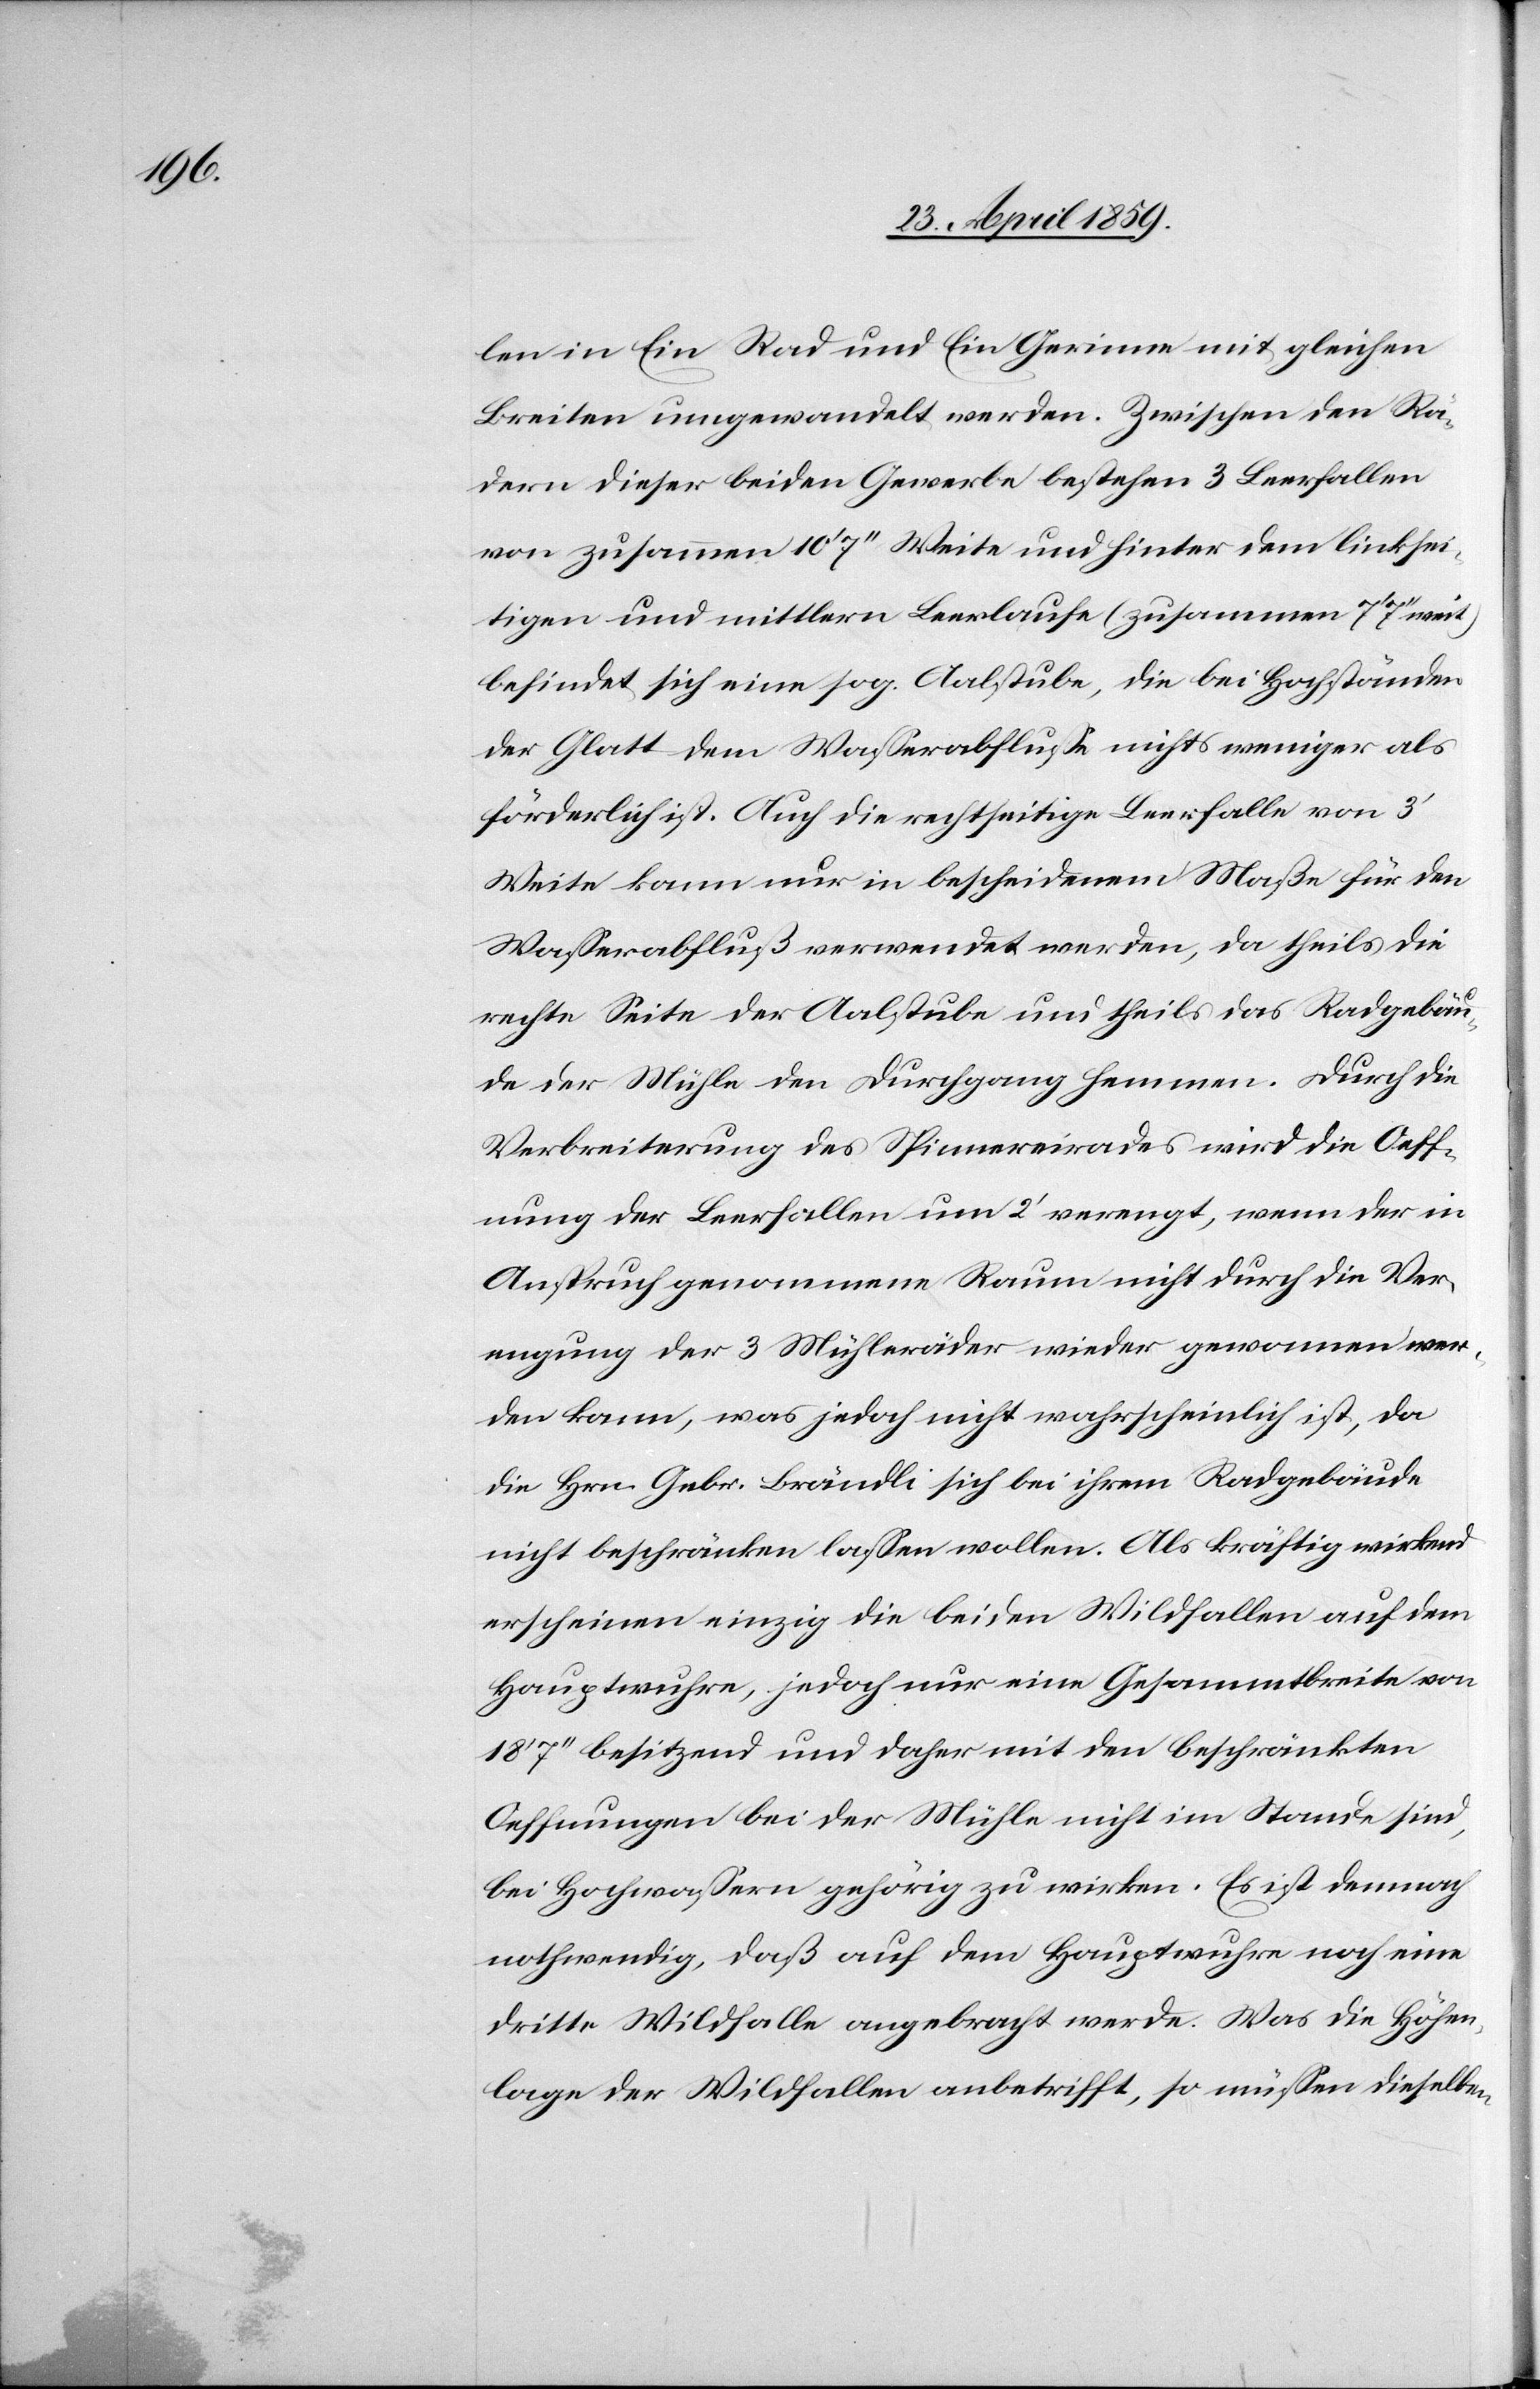
len in Ein Rad und Ein Gerinne mit gleichen
Breiten ungewandelt werden. Zwischen den Rä¬
dern dieser beiden Gewerbe bestehen 3 Leerfallen
von zusammen 10‘ 7‘‘ Weite und hinter dem linksei¬
tigen und mittlern Leerlaufe (zusammen 7‘ 7‘‘ weit)
befindet sich eine sog. Aalstube, die bei Hochständen
der Glatt dem Waßerabfluße nichts weniger als
förderlich ist. Auch die rechtseitige Leerfalle von 3‘
Weite kann nur in bescheidenem Maße für den
Waßerabfluß verwendet werden, da theils die
rechte Seite der Aalstube und theils das Radgebäu¬
de der Mühle den Durchgang hemmen. Durch die
Verbreiterung des Spinnereirades wird die Oeff¬
nung der Leerfallen um 2‘ verengt, wenn der in
Anspruch genommene Raum nicht durch die Ver¬
engung der 3 Mühleräder wieder genommen wer¬
den kann, was jedoch nicht wahrscheinlich ist, da
die Hrn. Gebr. Brändli sich bei ihrem Radgebäude
nicht beschränken laßen wollen. Als kräftig wirkend
erscheinen einzig die beiden Wildfallen auf dem
Hauptwuhre, jedoch nur eine Gesammtbreite von
18‘ 7‘‘ besitzend und daher mit den beschränkten
Oeffnungen bei der Mühle nicht im Stande sind,
bei Hochwaßern gehörig zu wirken. Es ist demnach
nothwendig, daß auf dem Hauptwuhre noch eine
dritte Wildfalle angebracht werde. Was die Höhen¬
lage der Wildfallen anbetrifft, so müßen dieselben